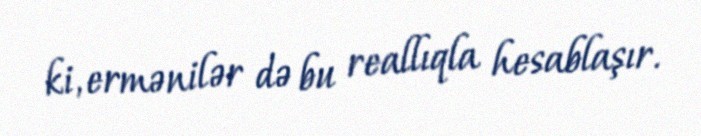
ki, ermənilər də bu reallıqla hesablaşır.